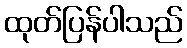
ထုတ်ပြန်ပါသည်